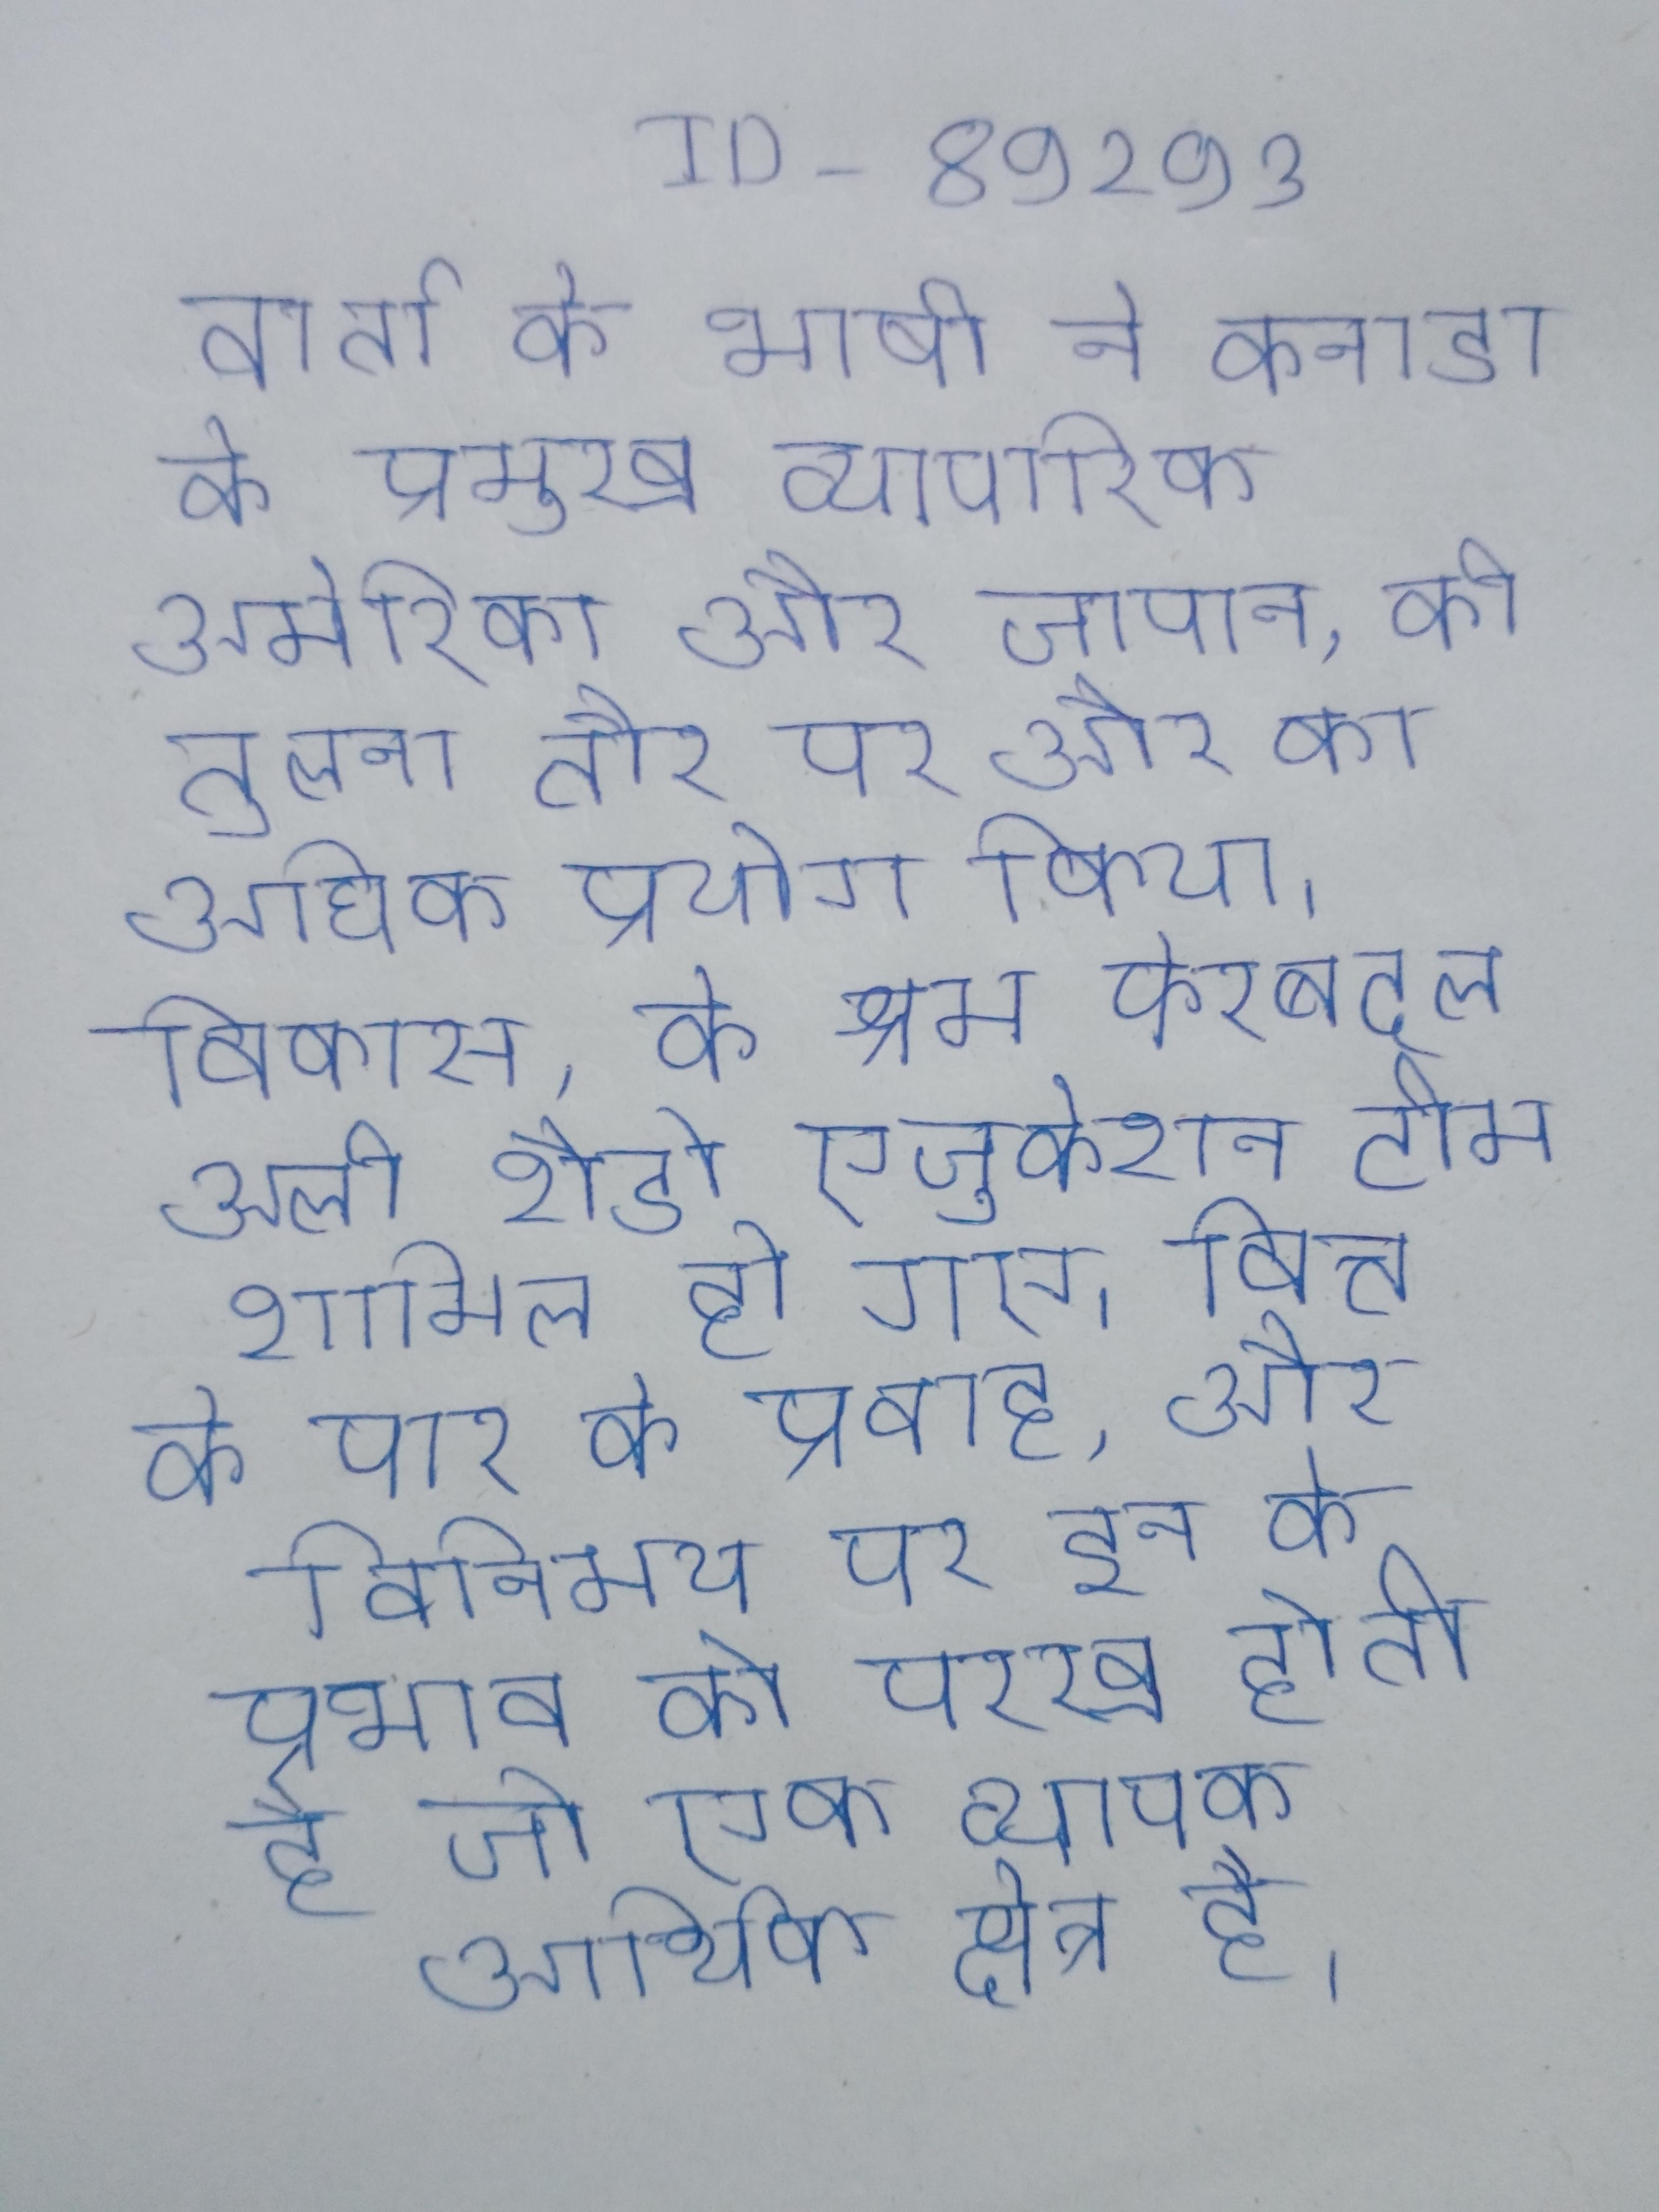
वार्ता के भाषी ने कनाडा के प्रमुख व्यापारिक अमेरिका और जापान, की तुलना तौर पर और का अधिक प्रयोग किया । विकास, के श्रम फेरबदल अली शैडो एजुकेशन टीम शामिल हो गए । वित्त के पार के प्रवाह, और विनिमय पर इन के प्रभाव को परख होती है जो एक व्यापक आर्थिक क्षेत्र है ।